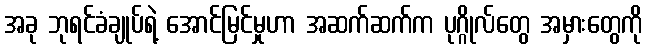
အခု ဘုရင်ခံချုပ်ရဲ့ အောင်မြင်မှုဟာ အဆက်ဆက်က ပုဂ္ဂိုလ်တွေ အမှားတွေကို